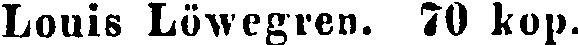
Louis Löwegren. 70 kop.